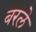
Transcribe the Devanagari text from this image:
बरले